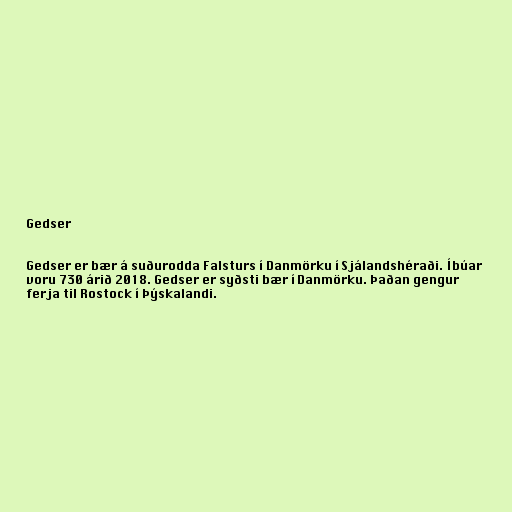
Gedser

Gedser er bær á suðurodda Falsturs í Danmörku í Sjálandshéraði. Íbúar
voru 730 árið 2018. Gedser er syðsti bær í Danmörku. Þaðan gengur
ferja til Rostock í Þýskalandi.